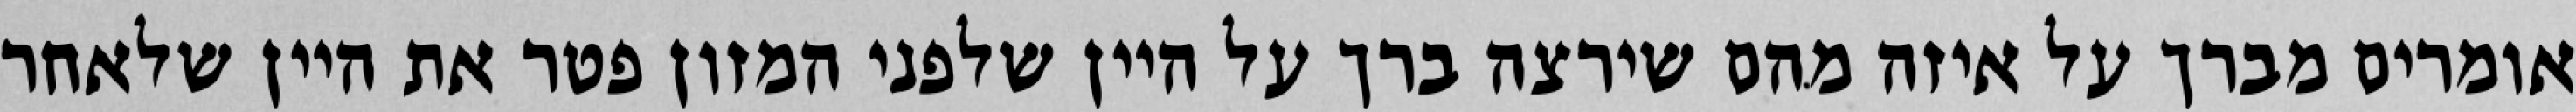
אומרים מברך על איזה מהם שירצה ברך על היין שלפני המזון פטר את היין שלאחר